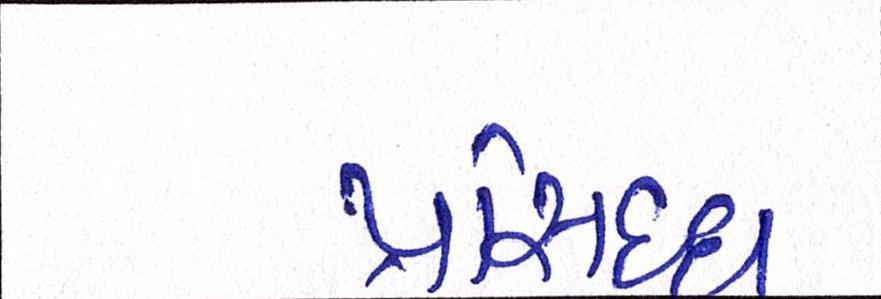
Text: પ્રસિધ્ધ